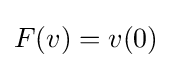
F(v)=v(0)